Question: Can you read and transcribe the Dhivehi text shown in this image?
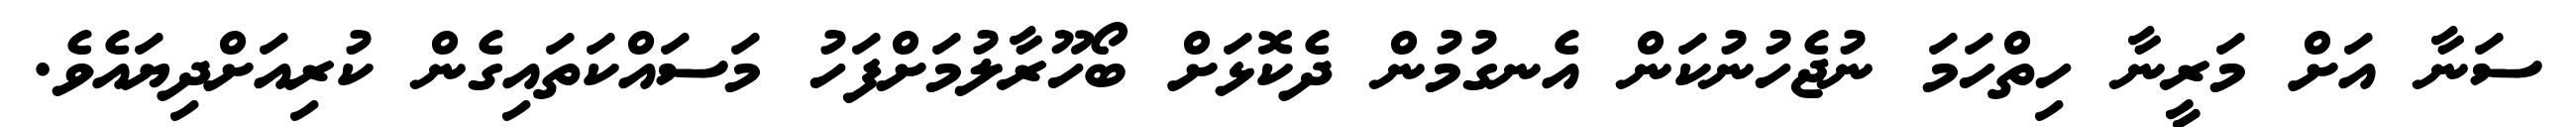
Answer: ސަނާ އަށް މަރީނާ ހިތްހަމަ ނުޖެހުނުކަން އެނގުމުން ދެކޮޅަށް ބޯހޫރާލުމަށްފަހު މަސައްކަތައިގެން ކުރިއަށްދިޔައެވެ.